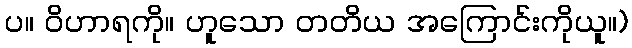
ပ။ ဝိဟာရကို။ ဟူသော တတိယ အကြောင်းကိုယူ။)